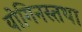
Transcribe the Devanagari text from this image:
योगिनस्तथा